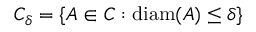
C _ { \delta } = \{ A \in C : \operatorname { d i a m } ( A ) \leq \delta \}